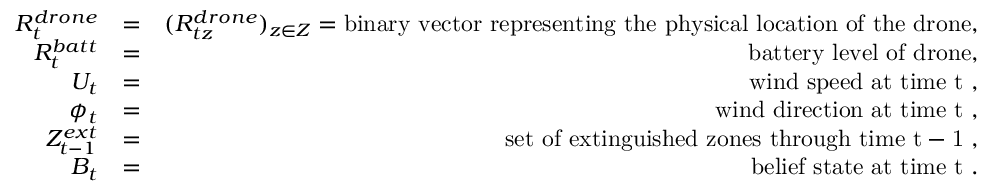
\begin{array} { r l r } { R _ { t } ^ { d r o n e } } & { = } & { ( R _ { t z } ^ { d r o n e } ) _ { z \in { \cal Z } } = \mathrm { b i n a r y ~ v e c t o r ~ r e p r e s e n t i n g ~ t h e ~ p h y s i c a l ~ l o c a t i o n ~ o f ~ t h e ~ d r o n e } , } \\ { R _ { t } ^ { b a t t } } & { = } & { \mathrm { b a t t e r y ~ l e v e l ~ o f ~ d r o n e } , } \\ { U _ { t } } & { = } & { \mathrm { w i n d ~ s p e e d ~ a t ~ t i m e ~ t ~ } , } \\ { \phi _ { t } } & { = } & { \mathrm { w i n d ~ d i r e c t i o n ~ a t ~ t i m e ~ t ~ } , } \\ { { \cal Z } _ { t - 1 } ^ { e x t } } & { = } & { \mathrm { s e t ~ o f ~ e x t i n g u i s h e d ~ z o n e s ~ t h r o u g h ~ t i m e ~ t - 1 ~ } , } \\ { B _ { t } } & { = } & { \mathrm { b e l i e f ~ s t a t e ~ a t ~ t i m e ~ t ~ } . } \end{array}